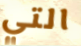
التي